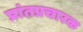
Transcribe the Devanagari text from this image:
प्रांतप्रचारक